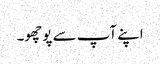
اپنے آپ سے پوچھو۔